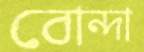
বোন্দা